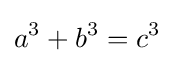
a^{3}+b^{3}=c^{3}